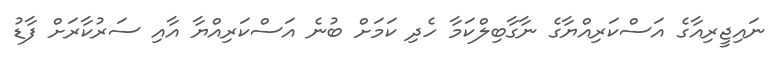
ނައިޖީރިއާގެ އަސްކަރިއްޔާގެ ނާގާބިލްކަމާ ހެދި ކަމަށް ބުނެ އަސްކަރިއްޔާ އާއި ސަރުކާރަށް ފާޑު